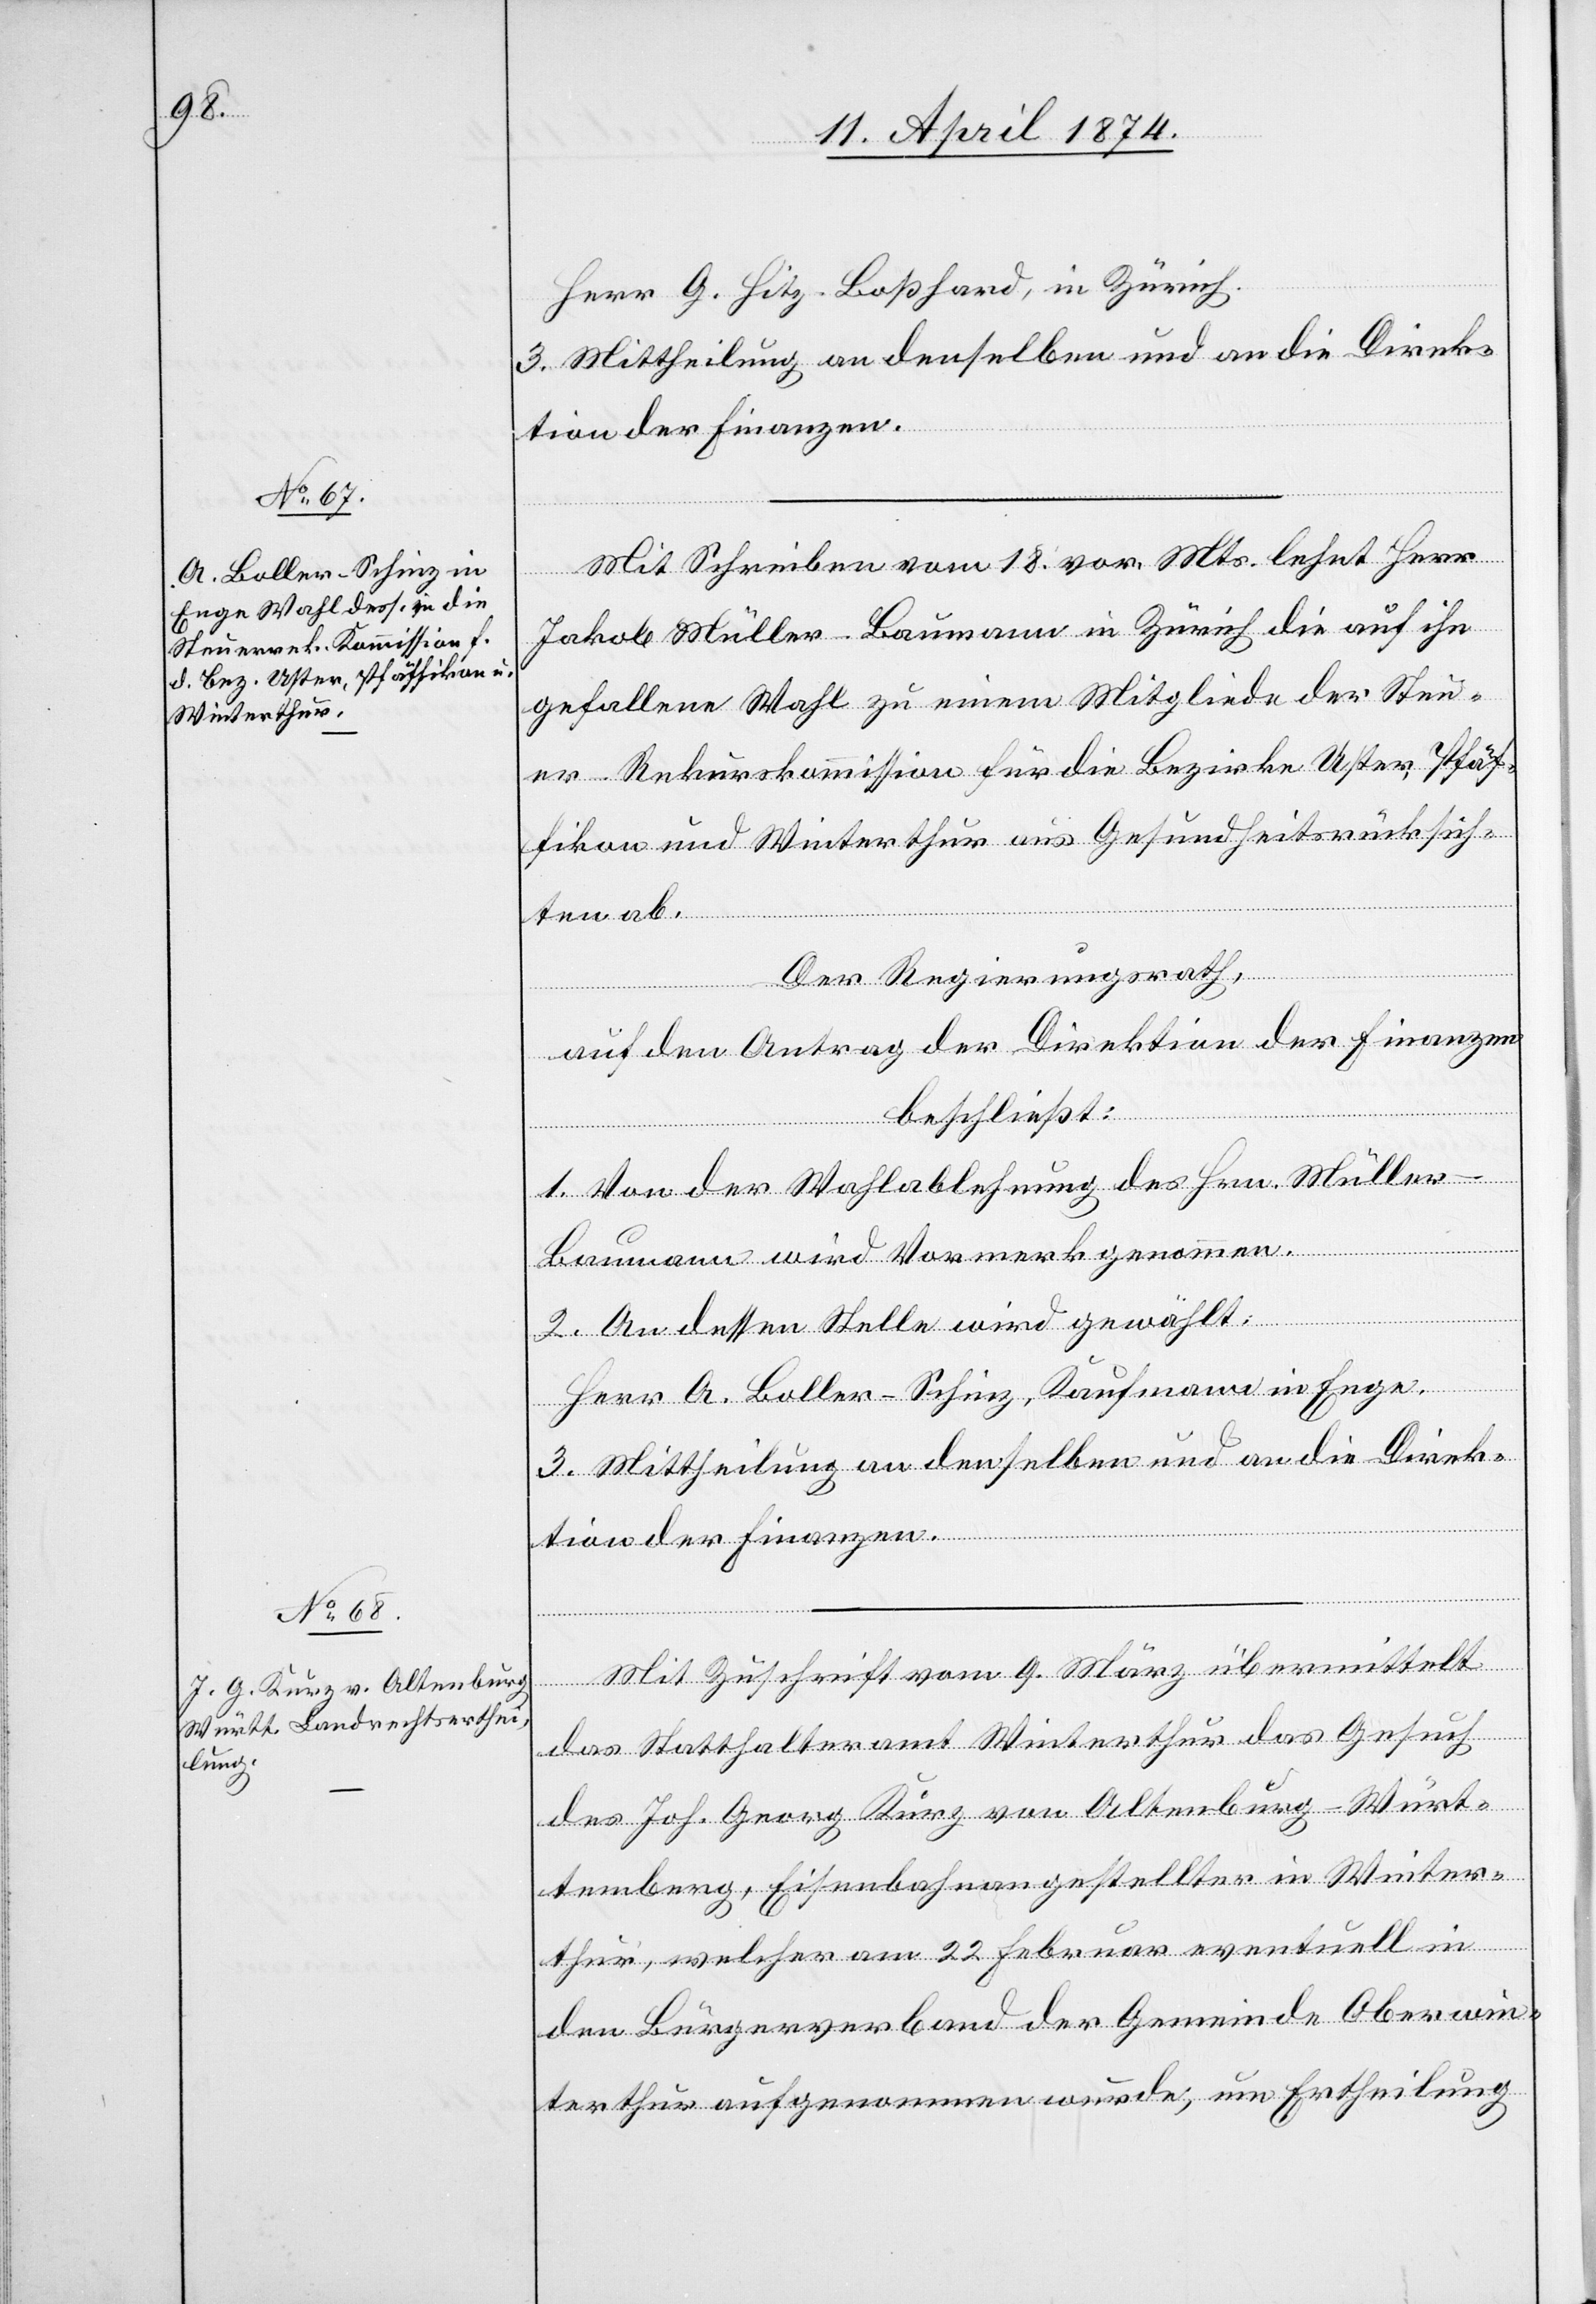
Herr G. Hitz-Boßhard, in Zürich.
3. Mittheilung an denselben und an die Direk¬
tion der Finanzen.
Mit Schreiben vom 18. vor. Mts. lehnt Herr
Jakob Müller-Baumann in Zürich die auf ihn
gefallene Wahl zu einem Mitgliede der Steu¬
er-Rekurskommission für die Bezirke Uster, Pfäf¬
fikon und Winterthur aus Gesundheitsrücksich¬
ten ab.
Der Regierungsrath,
auf den Antrag der Direktion der Finanzen
beschließt:
1. Von der Wahlablehnung des Hrn. Müller-B¬
aumann wird Vormerk genommen.
2. An dessen Stelle wird gewählt:
Herr A. Boller-Schinz, Kaufmann in Enge.
3. Mittheilung an denselben und an die Direk¬
tion der Finanzen.
Mit Zuschrift vom 9. März übermittelt
das Statthalteramt Winterthur das Gesuch
des Joh. Georg Kurz von Altenburg-Würt¬
temberg, Eisenbahnangestellter in Winter¬
thur, welcher am 22. Februar eventuell in
den Bürgerverband der Gemeinde Oberwin¬
terthur aufgenommen wurde, um Ertheilung